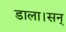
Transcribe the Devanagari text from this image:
डाला।सन्